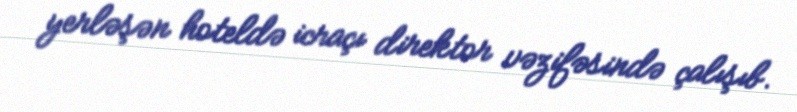
yerləşən hoteldə icraçı direktor vəzifəsində çalışıb.